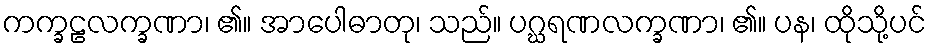
ကက္ခဠလက္ခဏာ၊ ၏။ အာပေါဓာတု၊ သည်။ ပဂ္ဃရဏလက္ခဏာ၊ ၏။ ပန၊ ထိုသို့ပင်